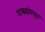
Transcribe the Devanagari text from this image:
वाक्यांमधून